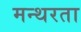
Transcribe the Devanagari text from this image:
मन्थरता